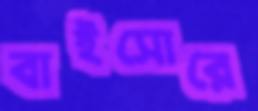
বাইসোরে